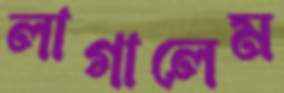
লাগালেম